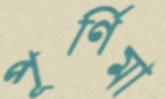
পূর্ণিমা